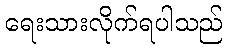
ရေးသားလိုက်ရပါသည်